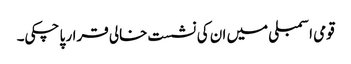
قومی اسمبلی میں ان کی نشست خالی قرار پا چکی۔